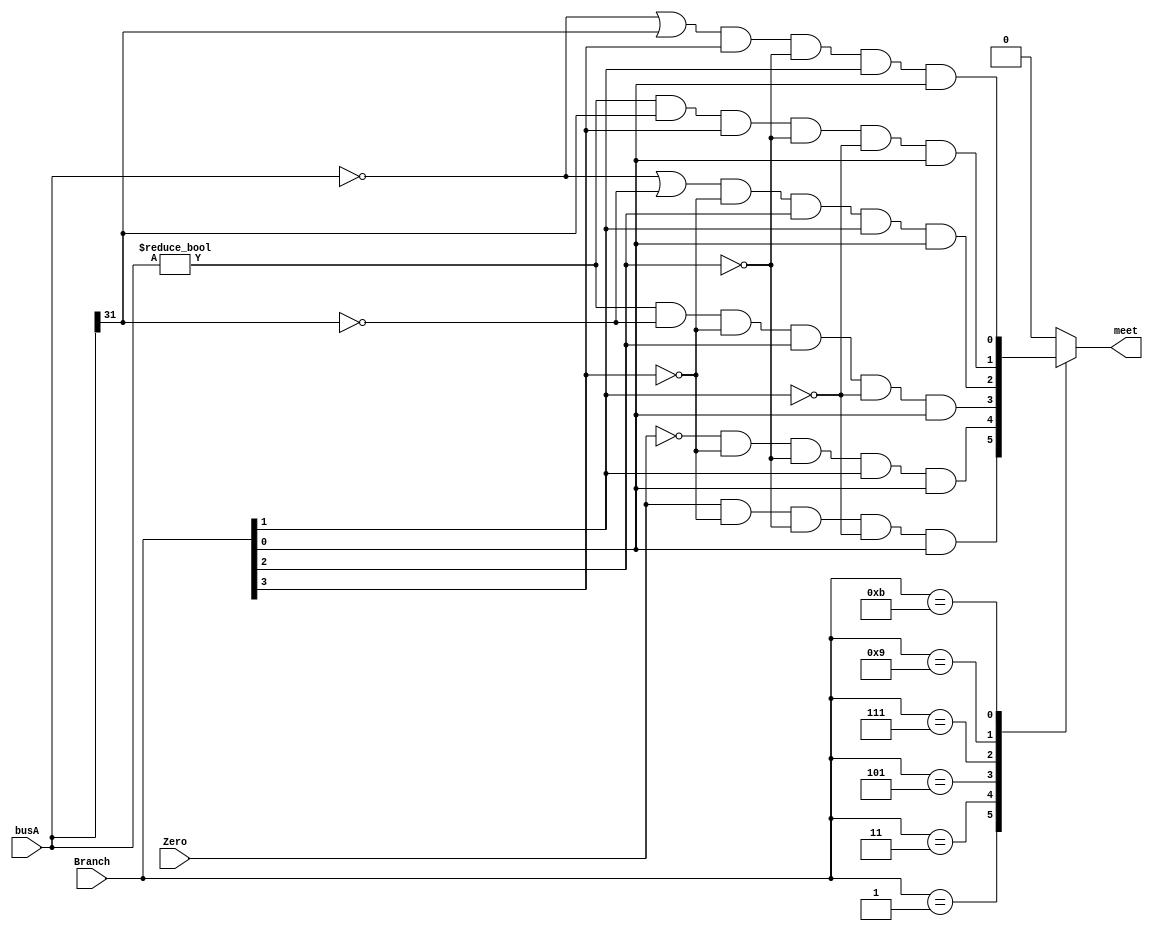
module BranchDetect(//
    input[3:0] Branch,
    input[31:0] busA,
    input Zero,
    output reg meet//1 
);
always @(*) begin
    case (Branch)
        4'b0001:meet=Zero&&(~Branch[3])&&(~Branch[2])&&(~Branch[1])&&Branch[0];
        4'b0011:meet=(~Zero)&&(~Branch[3])&&(~Branch[2])&&Branch[1]&&Branch[0];
        4'b0101:meet=(busA!=0&&!busA[31])&&(~Branch[3])&&Branch[2]&&(~Branch[1])&&Branch[0];
        4'b0111:meet=(busA==0|!busA[31])&&(~Branch[3])&&Branch[2]&&Branch[1]&&Branch[0];
        4'b1001:meet=(busA!=0&&busA[31])&&Branch[3]&&(~Branch[2])&&(~Branch[1])&&Branch[0];
        4'b1011:meet=(busA==0|busA[31])&&Branch[3]&&(~Branch[2])&&Branch[1]&&Branch[0];
        default:meet=1'b0;
    endcase
end
initial begin
    meet=0;
end
endmodule